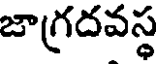
జాగ్రదవస్థ